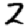
Digit: 2